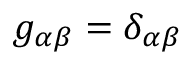
g _ { \alpha \beta } = \delta _ { \alpha \beta }